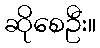
ဆိုစေဦး။